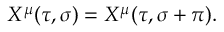
X ^ { \mu } ( \tau , \sigma ) = X ^ { \mu } ( \tau , \sigma + \pi ) .